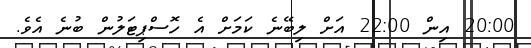
20:00 އިން 22:00 އަށް ލިބޭނެ ކަމަށް އެ ހޮސްޕިޓަލުން ބުނެ އެވެ.